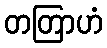
တတြာဟံ